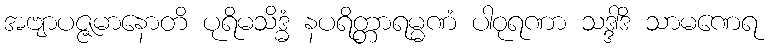
အဗျာပဇ္ဇမာနောတိ ပုရိမသိဒ္ဓံ နပရိတ္တာရမ္မဏံ ပါဝုရဏာ သဒ္ဒါဒိ သာမဏေရ